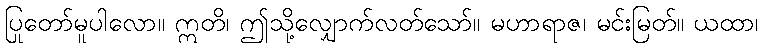
ပြုတော်မူပါလော။ ဣတိ၊ ဤသို့လျှောက်လတ်သော်။ မဟာရာဇ၊ မင်းမြတ်။ ယထာ၊